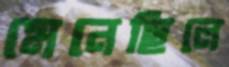
মেনেছিলে